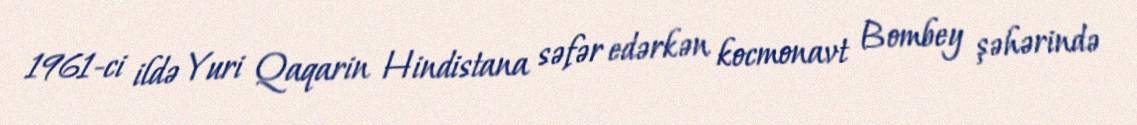
1961-ci ildə Yuri Qaqarin Hindistana səfər edərkən kocmonavt Bombey şəhərində